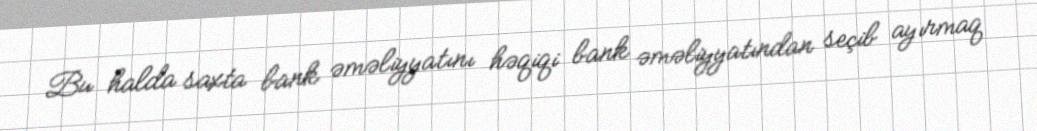
Bu halda saxta bank əməliyyatını həqiqi bank əməliyyatından seçib ayırmaq